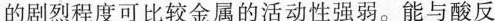
的剧烈程度可比较金属的活动性强弱。能与酸反